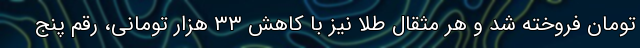
تومان فروخته شد و هر مثقال طلا نیز با کاهش ۳۳ هزار تومانی، رقم پنج